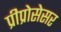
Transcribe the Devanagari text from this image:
प्रीप्रोसेसर